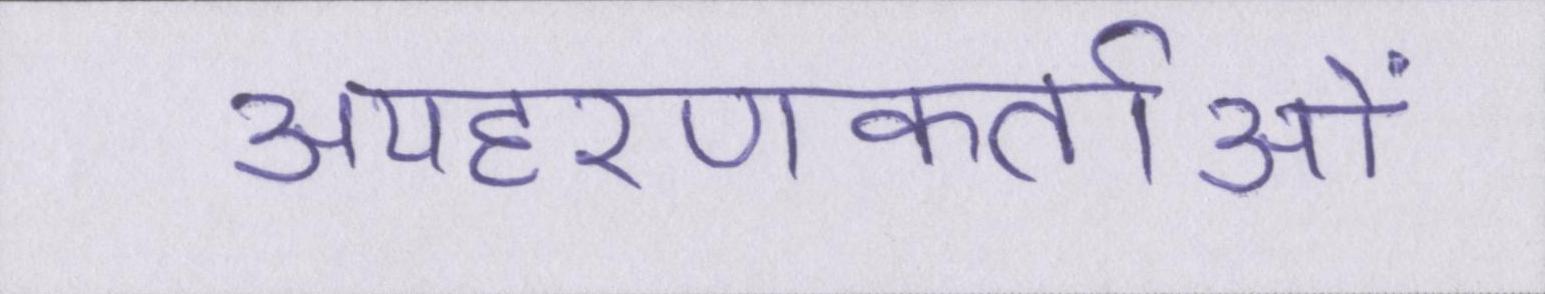
अपहरणकर्ताओं